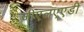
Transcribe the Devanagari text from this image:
जीएलएएडी